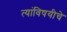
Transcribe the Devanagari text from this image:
त्यांविषयीचे